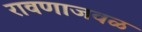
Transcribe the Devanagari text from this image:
रावणाजवळ